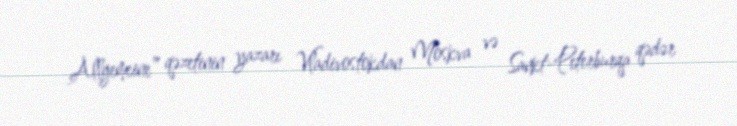
Allgemeine” qəzetinin yazarı Vladivostokdan Moskva və Sankt-Peterburqa qədər